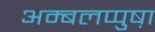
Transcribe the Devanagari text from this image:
अम्बलप्पुष़ा